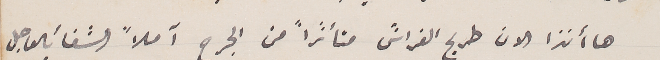
ها أنذا الان طريح الفراش متأثراً من الجرح آملاً الشفأ بالعاجل